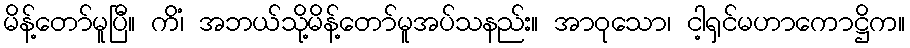
မိန့်တော်မူပြီ။ ကိံ၊ အဘယ်သို့မိန့်တော်မူအပ်သနည်း။ အာဝုသော၊ ငါ့ရှင်မဟာကောဋ္ဌိက။